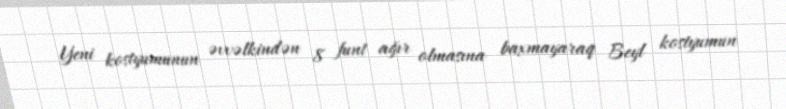
Yeni kostyumunun əvvəlkindən 8 funt ağır olmasına baxmayaraq Beyl kostyumun